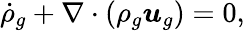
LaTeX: \dot{\rho}_{g}+\nabla\cdot\left(\rho_{g}\boldsymbol{u}_{g}\right)=0,